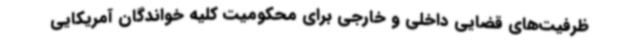
ظرفیت‌های قضایی داخلی و خارجی برای محکومیت کلیه خواندگان آمریکایی